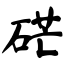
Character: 硭